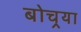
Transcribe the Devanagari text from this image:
बोचर्‍या